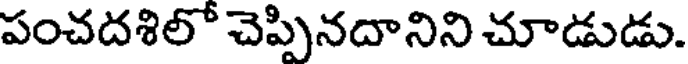
పంచదశిలో చెప్పినదానిని చూడుడు.